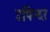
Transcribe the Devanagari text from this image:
उपिन्दर